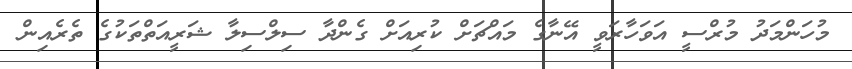
މުހަންމަދު މުރްސީ އަވަހާރަވީ އޭނާގެ މައްޗަށް ކުރިއަށް ގެންދާ ސިލްސިލާ ޝަރީއަތްތަކުގެ ތެރެއިން